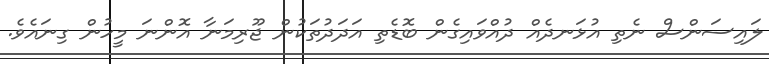
ލައިސަންސް ނެތި އުޅަނދެއް ދުއްވައިގެން ބޮޑެތި އަދަދުތަކުން ޖޫރިމަނާ އޮންނަ މީހުން ގިނައެވެ.